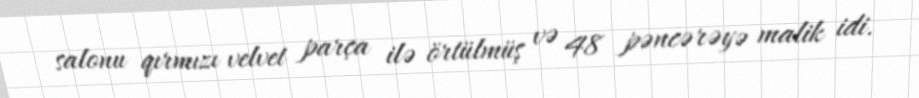
salonu qırmızı velvet parça ilə örtülmüş və 48 pəncərəyə malik idi.